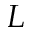
L